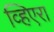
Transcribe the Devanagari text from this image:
व्हिएरा